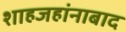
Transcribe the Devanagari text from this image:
शाहजहांनाबाद